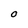
Character: O